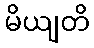
မိယျတိ